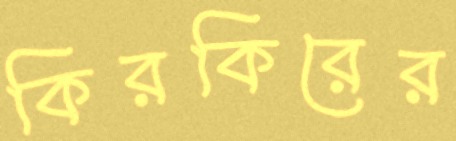
কিরকিরের